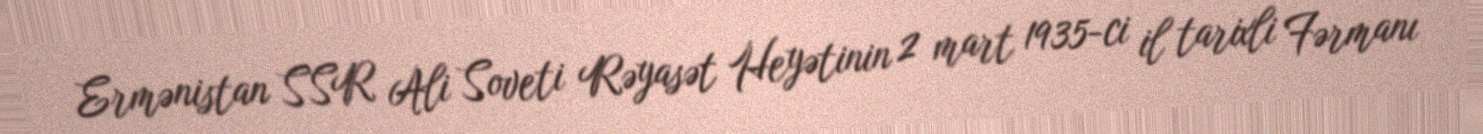
Ermənistan SSR Ali Soveti Rəyasət Heyətinin 2 mart 1935-ci il tarixli Fərmanı